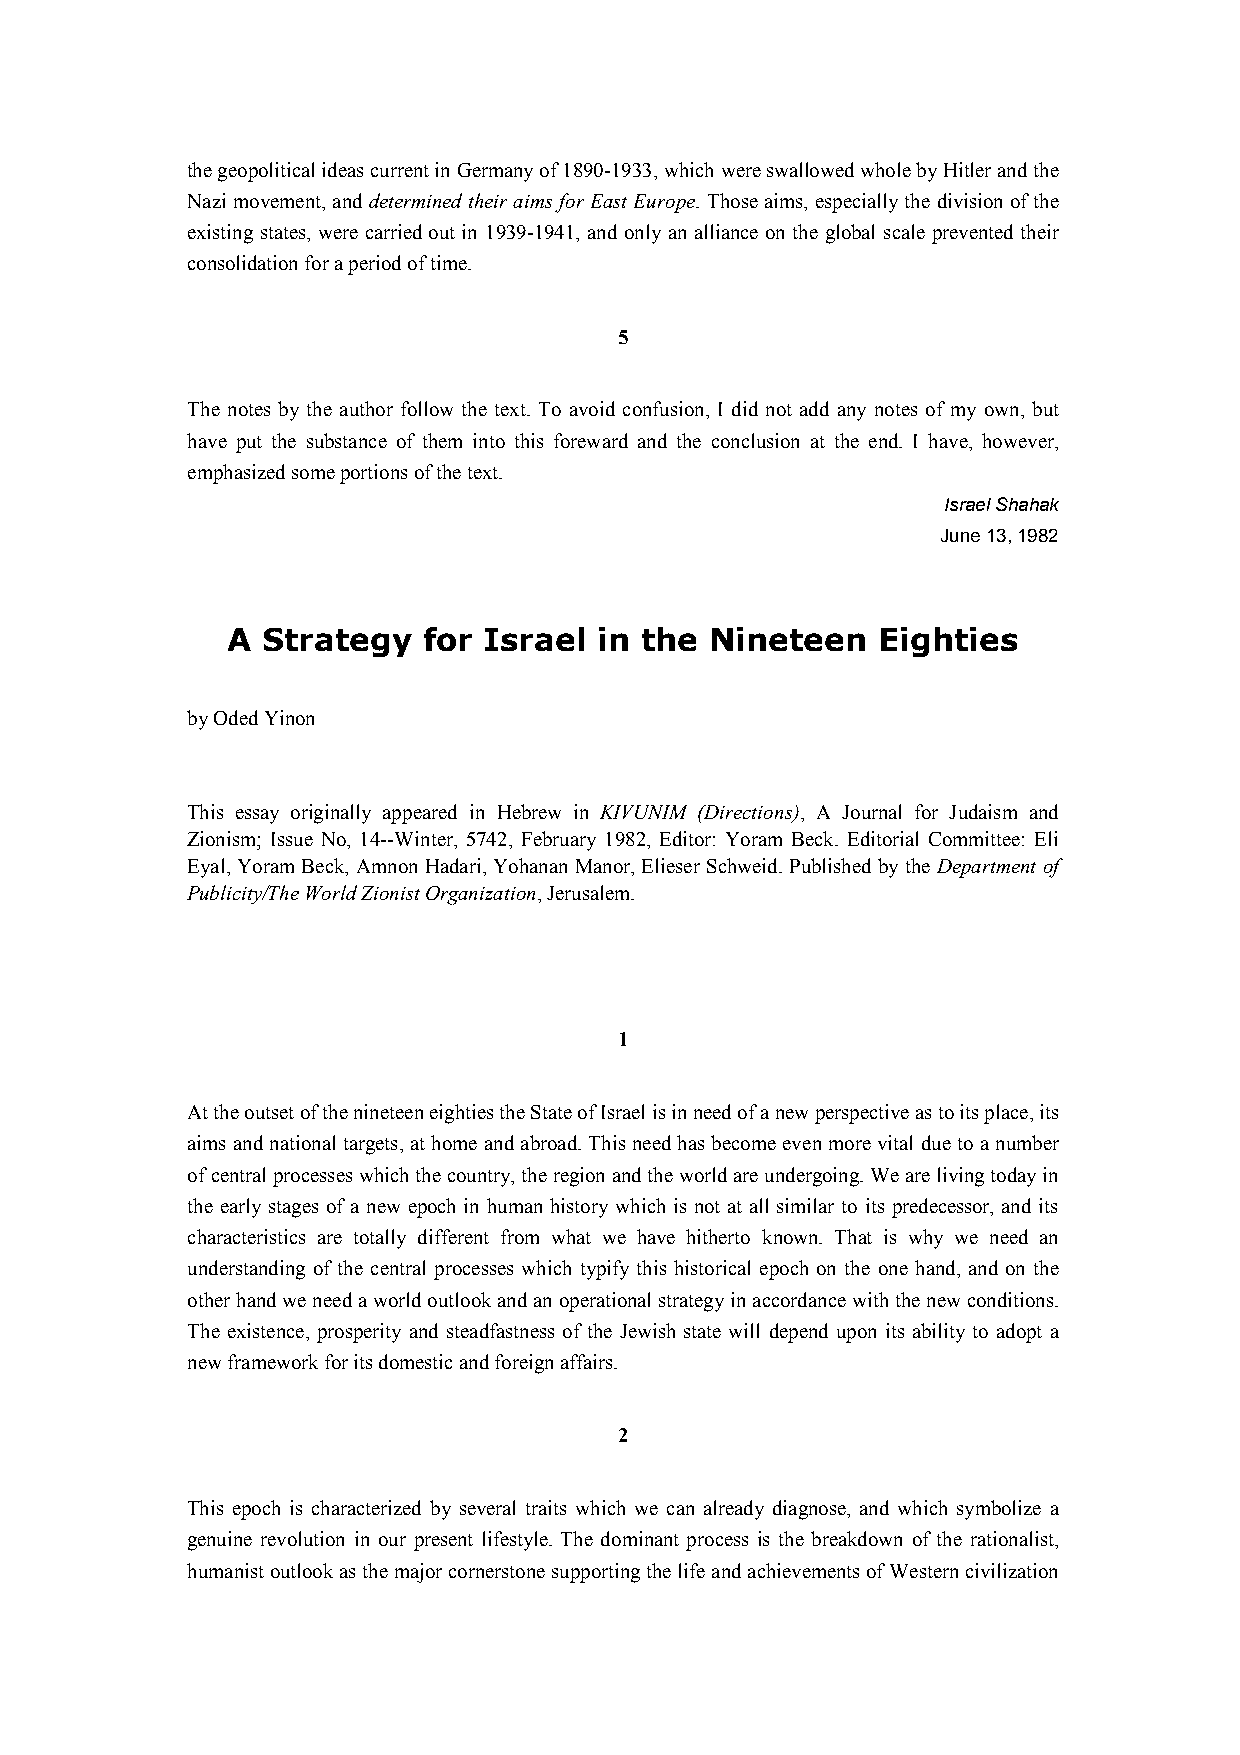
the geopolitical ideas current in Germany of 1890-1933, which were swallowed whole by Hitler and the
 Nazi movement, and determined their aims for East Europe. Those aims, especially the division of the
 existing states, were carried out in 1939-1941, and only an alliance on the global scale prevented their
 consolidation for a period of time.
 5
 The notes by the author follow the text. To avoid confusion, I did not add any notes of my own, but
 have put the substance of them into this foreward and the conclusion at the end. I have, however,
 emphasized some portions of the text.
 Israel Shahak
 June 13, 1982
 A Strategy   for Israel  in the Nineteen   Eighties
 by Oded Yinon
 This essay originally appeared in Hebrew in KIVUNIM (Directions), A Journal for Judaism and
 Zionism; Issue No, 14--Winter, 5742, February 1982, Editor: Yoram Beck. Editorial Committee: Eli
 Eyal, Yoram Beck, Amnon Hadari, Yohanan Manor, Elieser Schweid. Published by the Department of
 Publicity/The World Zionist Organization, Jerusalem.
 1
 At the outset of the nineteen eighties the State of Israel is in need of a new perspective as to its place, its
 aims and national targets, at home and abroad. This need has become even more vital due to a number
 of central processes which the country, the region and the world are undergoing. We are living today in
 the early stages of a new epoch in human history which is not at all similar to its predecessor, and its
 characteristics are totally different from what we have hitherto known. That is why we need an
 understanding of the central processes which typify this historical epoch on the one hand, and on the
 other hand we need a world outlook and an operational strategy in accordance with the new conditions.
 The existence, prosperity and steadfastness of the Jewish state will depend upon its ability to adopt a
 new framework for its domestic and foreign affairs.
 2
 This epoch is characterized by several traits which we can already diagnose, and which symbolize a
 genuine revolution in our present lifestyle. The dominant process is the breakdown of the rationalist,
 humanist outlook as the major cornerstone supporting the life and achievements of Western civilization